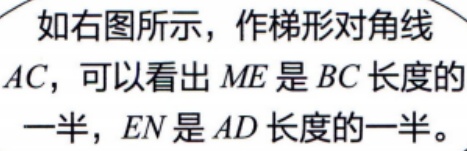
如右图所示，作梯形对角线
\(AC\)，可以看出 \(ME\) 是 \(BC\) 长度的
一半，\(EN\) 是 \(AD\) 长度的一半。